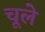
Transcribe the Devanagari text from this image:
चूले